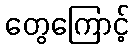
တွေကြောင့်